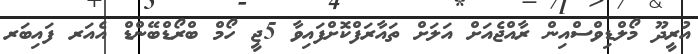
އުރީދޫ މޯލްޑިވްސްއިން ރާއްޖެއަށް އަލަށް ތައާރަފްކޮށްފައިވާ 5ޖީ ހޯމް ބްރޯޑްބޭންޑް އެއަރ ފައިބަރ